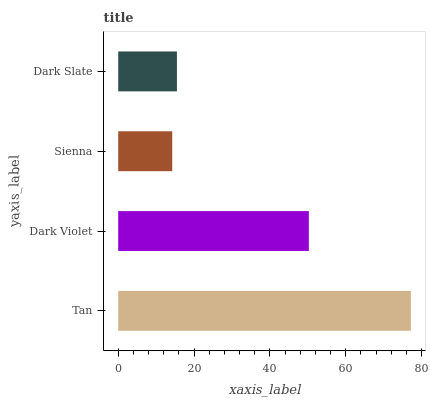
| yaxis_label | bars |
 | --- | --- |
 | Tan | 77.1 |
 | Dark Violet | 50.3 |
 | Sienna | 14.2 |
 | Dark Slate | 15.5 |